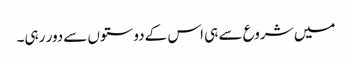
میں شروع سے ہی اس کےدوستوں سےدور رہی۔